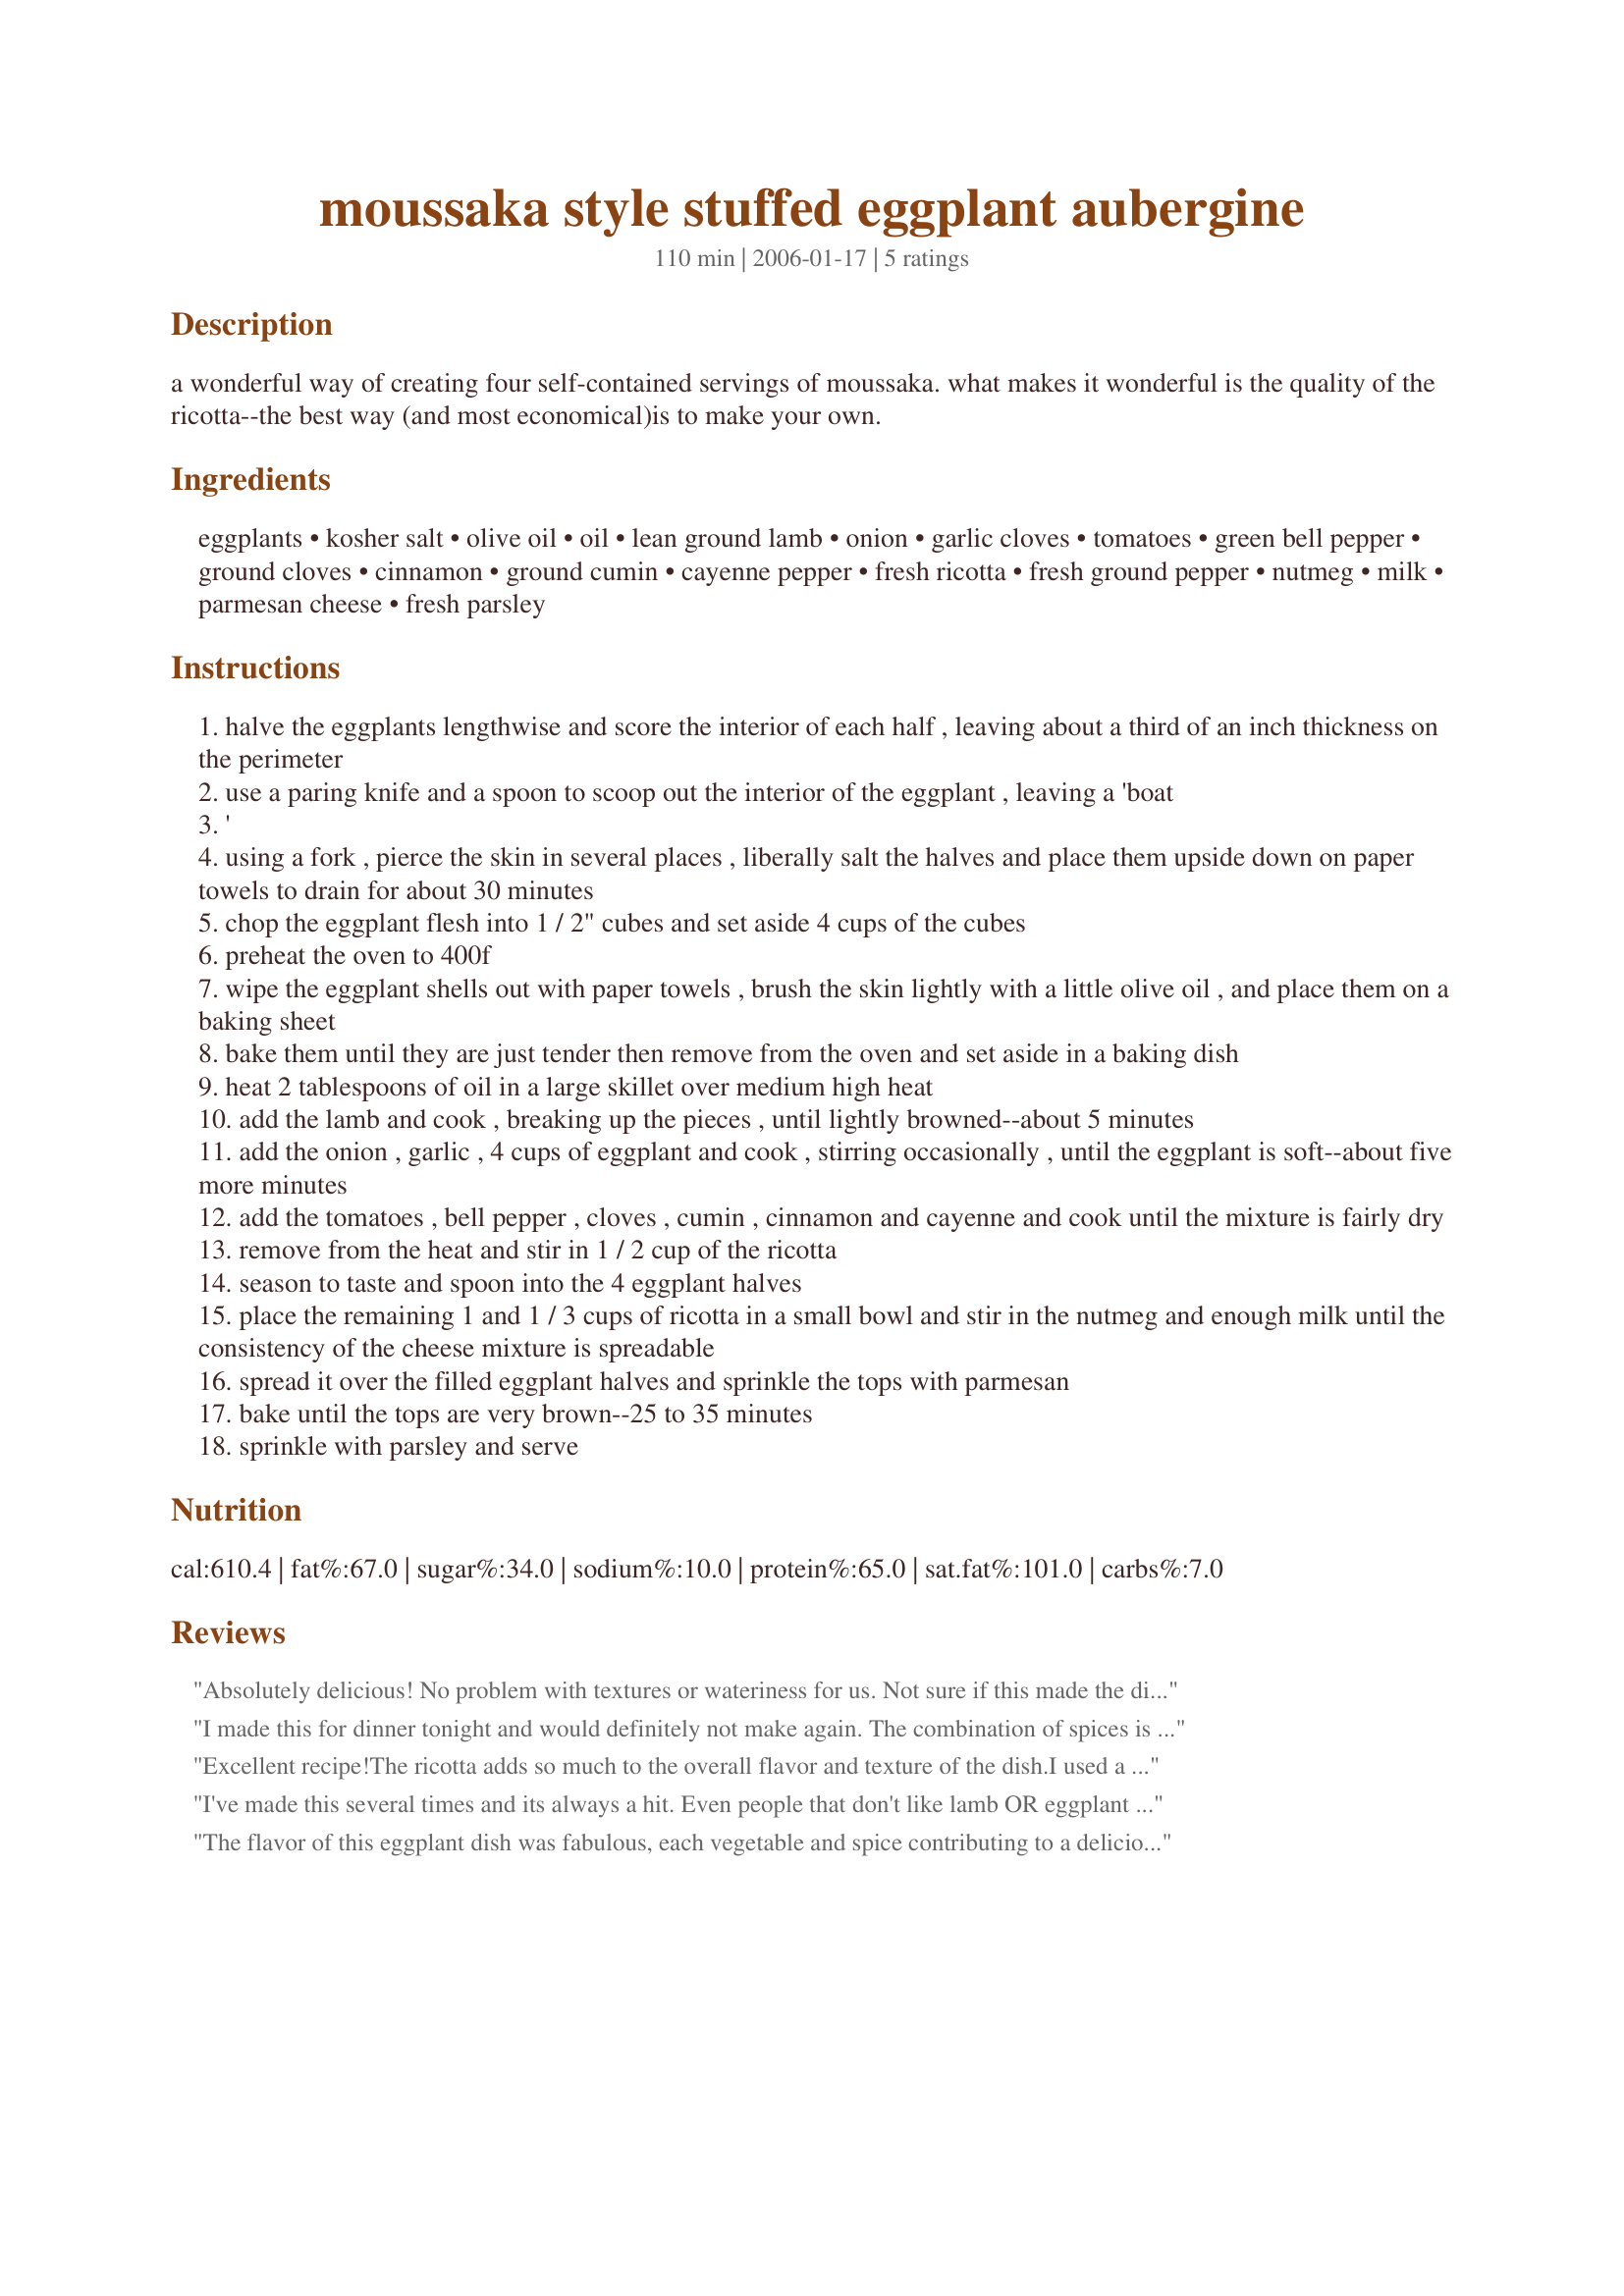
moussaka style stuffed eggplant aubergine
Preparation time: 110 minutes

a wonderful way of creating four self-contained servings of moussaka. what makes it wonderful is the quality of the ricotta--the best way (and most economical)is to make your own.

Ingredients:
eggplants, kosher salt, olive oil, oil, lean ground lamb, onion, garlic cloves, tomatoes, green bell pepper, ground cloves, cinnamon, ground cumin, cayenne pepper, fresh ricotta, fresh ground pepper, nutmeg, milk, parmesan cheese, fresh parsley

Steps:
halve the eggplants lengthwise and score the interior of each half , leaving about a third of an inch thickness on the perimeter
use a paring knife and a spoon to scoop out the interior of the eggplant , leaving a 'boat
'
using a fork , pierce the skin in several places , liberally salt the halves and place them upside down on paper towels to drain for about 30 minutes
chop the eggplant flesh into 1 / 2" cubes and set aside 4 cups of the cubes
preheat the oven to 400f
wipe the eggplant shells out with paper towels , brush the skin lightly with a little olive oil , and place them on a baking sheet
bake them until they are just tender then remove from the oven and set aside in a baking dish
heat 2 tablespoons of oil in a large skillet over medium high heat
add the lamb and cook , breaking up the pieces , until lightly browned--about 5 minutes
add the onion , garlic , 4 cups of eggplant and cook , stirring occasionally , until the eggplant is soft--about five more minutes
add the tomatoes , bell pepper , cloves , cumin , cinnamon and cayenne and cook until the mixture is fairly dry
remove from the heat and stir in 1 / 2 cup of the ricotta
season to taste and spoon into the 4 eggplant halves
place the remaining 1 and 1 / 3 cups of ricotta in a small bowl and stir in the nutmeg and enough milk until the consistency of the cheese mixture is spreadable
spread it over the filled eggplant halves and sprinkle the tops with parmesan
bake until the tops are very brown--25 to 35 minutes
sprinkle with parsley and serve

Reviews:
Absolutely delicious! No problem with textures or wateriness for us. Not sure if this made the difference, but I covered the eggplant cubes lightly with olive oil and roasted them along side the shells for 15 minutes, instead of sauteeing them. I used ground turkey breast, red bell pepper, and did just a pinch of the cloves, cinammon and nutmeg for DH's taste. I compensated by increasing the cumin and adding a teaspoon of ground coriander. I also just added the ricotta as a topping. I think adding some cubed baked potatoes to this would be great! Quite a bit of work, but worth it. It has phenomenal flavor!
I made this for dinner tonight and would definitely not make again. The combination of spices is overwhelming and not good. It did not taste anything like Greek Moussaka. If I ever made something similar, I think I would just add salt, pepper and garlic. The flavor was somewhere between bad pie and I don&#039;t know what else. The vegetable and cheese combination could be good but I couldn&#039;t taste anything other than the over powering spices.
Excellent recipe!<br/>The ricotta adds so much to the overall flavor and texture of the dish.<br/>I used a sweet red pepper instead of green. Also, added more cayenne pepper for a bit of a kick!<br/>Would also make a great casserole with chopped up eggplant instead of stuffing the shells.<br/>Highly recommended.
I've made this several times and its always a hit. Even people that don't like lamb OR eggplant like this. I only use 1/4 tsp. of clove otherwise I think its a little overpowering. I usually make my own ricotta as suggested. This is truly a wonderful dish. Thank you so much for posting it Chef Kate.
The flavor of this eggplant dish was fabulous, each vegetable and spice contributing to a delicious whole. I used a bit more cayenne for our taste, otherwise followed the directions faithfully. The eggplants looked beautiful coming out of the oven and made an excellent presentation with the creamy, golden topping. My DH and I did have one complaint, however. The texture of the eggplant filling was "watery" to us. It was definitely not the fault of the recipe, since I have made other eggplant type casseroles and they have all had that same unpleasant texture. It's not that we don't like eggplant...we do. Perhaps adding some cooked rice to the mix before stuffing the eggplants would absorbe some of the moisture and firm up the finished product. Again, the flavor of this dish is exceptional and worth making for those people who enjoy eggplant.
